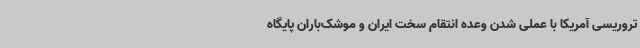
تروریسی آمریکا با عملی شدن وعده انتقام سخت ایران و موشک‌باران پایگاه